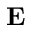
{ \bf E }